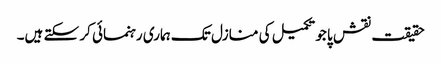
حقیقت نقش پا جو تکمیل کی منازل تک ہماری رہنمائی کر سکتے ہیں۔